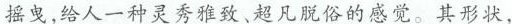
摇曳,给人一种灵秀雅致、超凡脱俗的感觉。其形状，